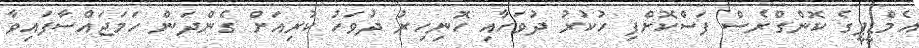
އެމްޑީޕީގެ ކޮންގްރެސް ފަސްކޮށްފި ހުކުރު ދުވަހާއި ހޮނިހިރު ދުވަހު ކުރިއަށް ގެންދަން ހަމަޖައްސާފައިވާ